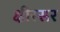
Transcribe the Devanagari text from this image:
क्षीरसर